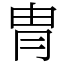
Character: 冑